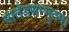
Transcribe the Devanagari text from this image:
मार्तंडसम्भुतम्।